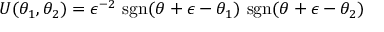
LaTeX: U ( \theta _ { 1 } , \theta _ { 2 } ) = \epsilon ^ { - 2 } \mathrm { ~ s g n } ( \theta + \epsilon - \theta _ { 1 } ) \mathrm { ~ s g n } ( \theta + \epsilon - \theta _ { 2 } )